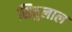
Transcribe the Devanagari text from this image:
सिबुलाल